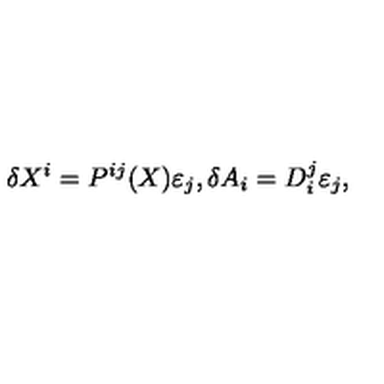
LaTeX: \delta X ^ { i } = P ^ { i j } ( X ) \varepsilon _ { j } , \delta A _ { i } = D _ { i } ^ { j } \varepsilon _ { j } ,